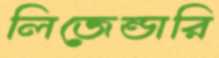
লিজেন্ডারি